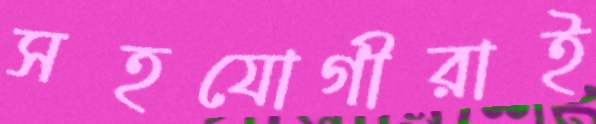
সহযোগীরাই